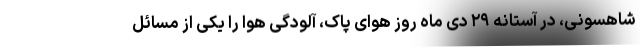
شاهسونی، در آستانه ۲۹ دی ماه روز هوای پاک، آلودگی هوا را یکی از مسائل